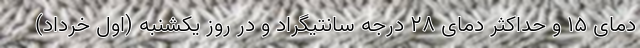
دمای ۱۵ و حداکثر دمای ۲۸ درجه سانتیگراد و در روز یکشنبه (اول خرداد)